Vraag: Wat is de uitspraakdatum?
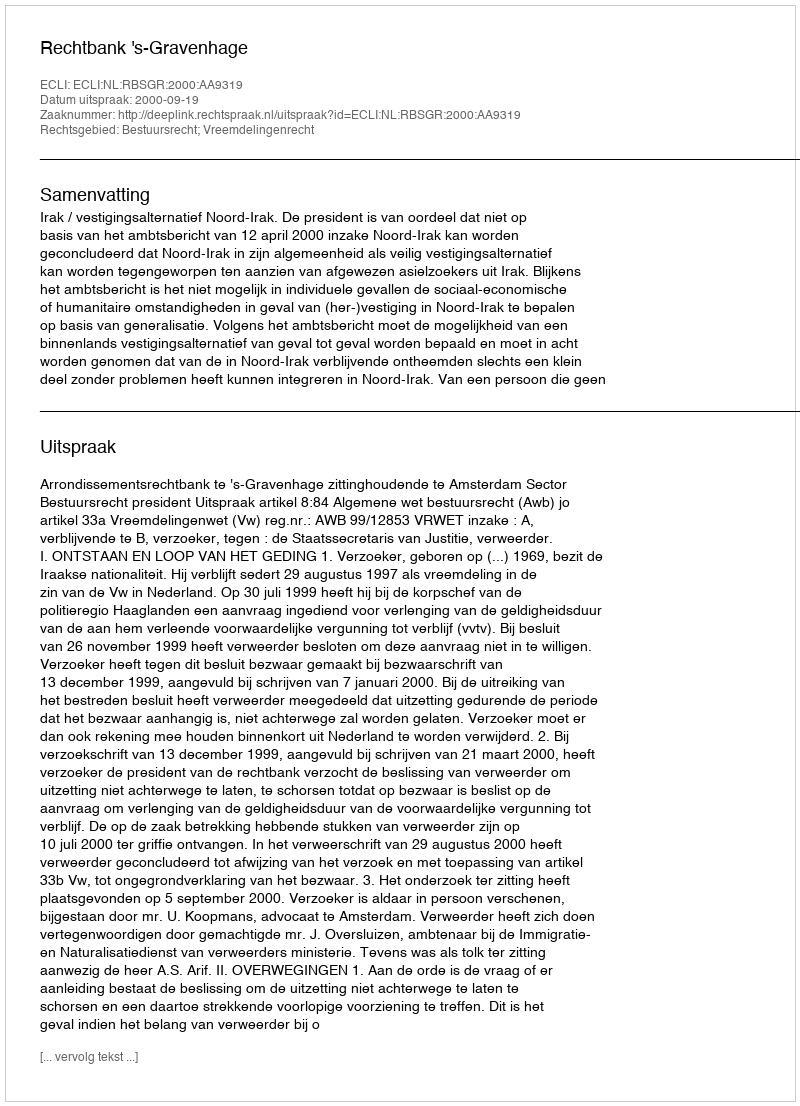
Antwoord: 2000-09-19